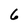
Character: 6